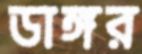
ডাঙ্গর